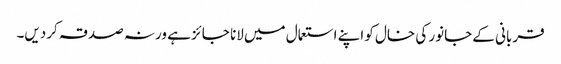
قربانی کے جانور کی خال کو اپنے استعمال میں لانا جائز ہے ورنہ صدقہ کردیں۔